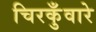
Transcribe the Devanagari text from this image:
चिरकुँवारे